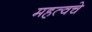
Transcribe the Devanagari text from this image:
महत्वचे